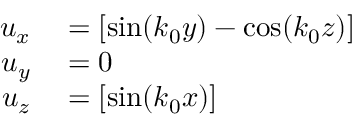
\begin{array} { r l } { u _ { x } } & { { } = [ \sin ( k _ { 0 } y ) - \cos ( k _ { 0 } z ) ] } \\ { u _ { y } } & { { } = 0 } \\ { u _ { z } } & { { } = [ \sin ( k _ { 0 } x ) ] } \end{array}